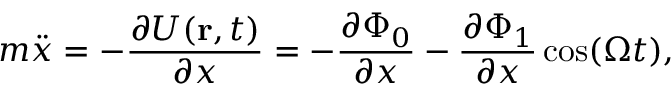
m \ddot { x } = - \frac { \partial U ( \mathbf { r } , t ) } { \partial x } = - \frac { \partial \Phi _ { 0 } } { \partial x } - \frac { \partial \Phi _ { 1 } } { \partial x } \cos ( \Omega t ) ,